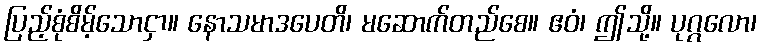
ပြည့်စုံစိမ့်သောငှာ။ နောသမာဒပေတိ၊ မဆောက်တည်စေ။ ဧဝံ၊ ဤသို့။ ပုဂ္ဂလော၊